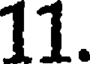
11.